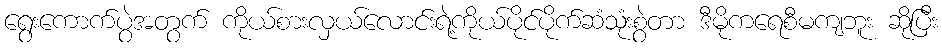
ရွေးကောက်ပွဲအတွက် ကိုယ်စားလှယ်လောင်းရဲ့ကိုယ်ပိုင်ပိုက်ဆံသုံးစွဲတာ ဒီမိုကရေစီမကျဘူး ဆိုပြီး